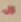
ول